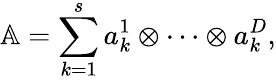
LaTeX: \mathbb{A}=\sum_{k=1}^{s}a_{k}^{1}\otimes\dots\otimes a_{k}^{D},